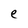
Character: e